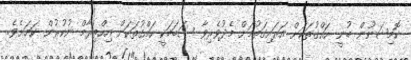
ކޮމިޝަނުން ބުނީ ހައްގުތަކަށް އަރައިގަތުމަށް މެދުވެރިވާ ސަބަބަކީ ހައްގުތަކަށް އިހްތިރާމް ނުކުރުން ކަމަށެވެ.